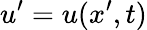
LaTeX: u^{\prime}=u(x^{\prime},t)